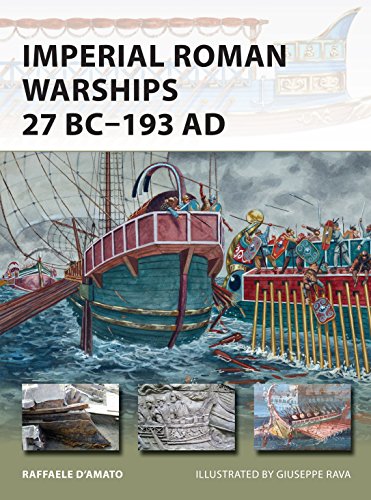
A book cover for Imperial Roman Warships 27 BC-193 AD (New Vanguard); Raffaele D'Amato; History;